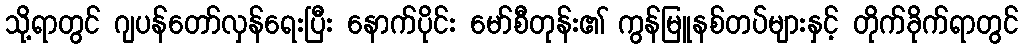
သို့ရာတွင် ဂျပန်တော်လှန်ရေးပြီး နောက်ပိုင်း မော်စီတုန်း၏ ကွန်မြူနစ်တပ်များနှင့် တိုက်ခိုက်ရာတွင်